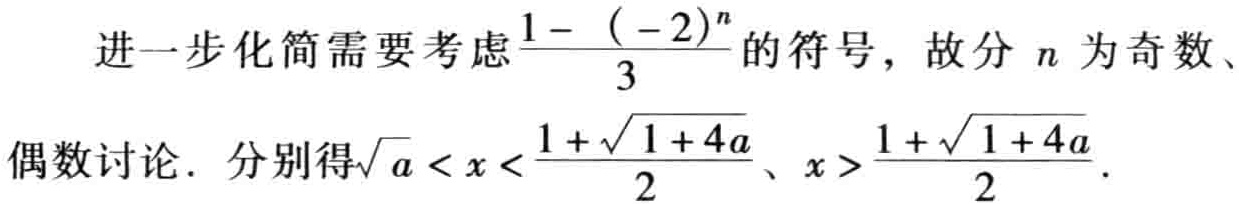
进一步化简需要考虑$\frac{1 - (-2)^n}{3}$的符号，故分 \(n\) 为奇数、偶数讨论. 分别得\(\sqrt{a} < x < \frac{1 + \sqrt{1 + 4a}}{2}\)、\(x > \frac{1 + \sqrt{1 + 4a}}{2}\).